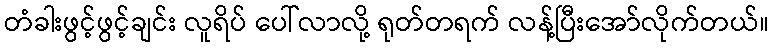
တံခါးဖွင့်ဖွင့်ချင်း လူရိပ် ပေါ်လာလို့ ရုတ်တရက် လန့်ပြီးအော်လိုက်တယ်။